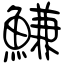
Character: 鰜